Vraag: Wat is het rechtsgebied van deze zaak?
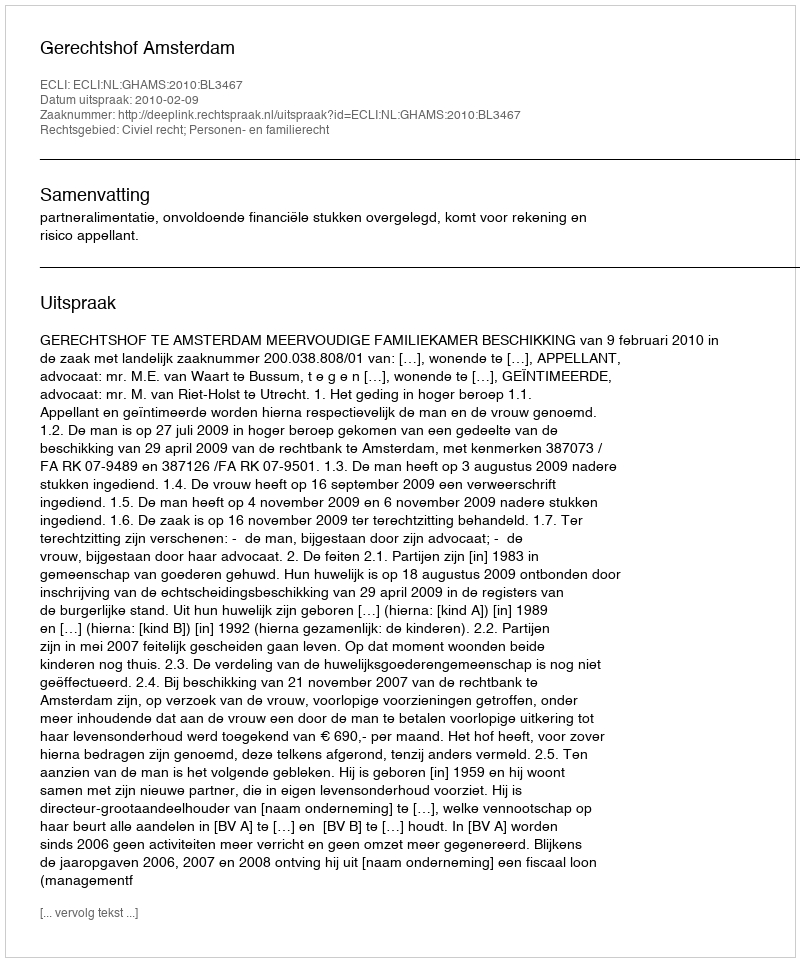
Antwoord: Civiel recht; Personen- en familierecht